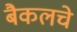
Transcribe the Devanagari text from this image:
बैकलचे